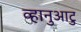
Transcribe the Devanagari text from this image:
व्हानुआटु